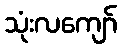
သုံးလကျော်